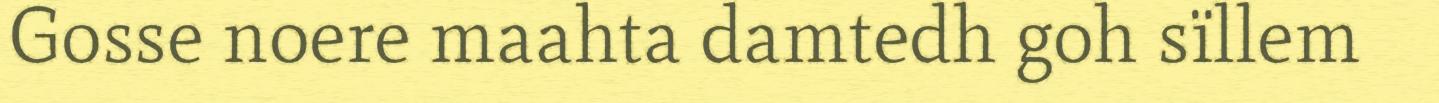
Gosse noere maahta damtedh goh sïllem